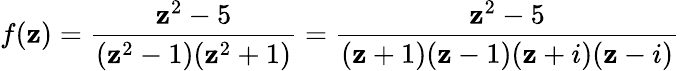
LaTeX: f(\mathbf{z})={\frac{{\mathbf{z}^{2}-5}}{{(\mathbf{z}^{2}-1)(\mathbf{z}^{2}+1)}}}={\frac{{\mathbf{z}^{2}-5}}{{(\mathbf{z}+1)(\mathbf{z}-1)(\mathbf{z}+i)(\mathbf{z}-i)}}}